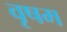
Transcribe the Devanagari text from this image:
वृषम